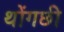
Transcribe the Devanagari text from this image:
थोंगछी